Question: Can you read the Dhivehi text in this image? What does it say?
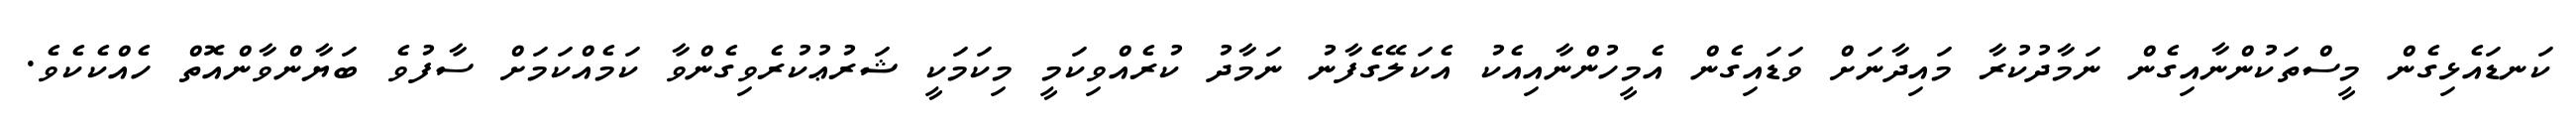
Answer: ކަނޑައެޅިގެން މީސްތަކުންނާއިގެން ނަމާދުކުރާ މައިދާނަށް ވަޑައިގެން އެމީހުންނާއިއެކު އެކަލޭގެފާނު ނަމާދު ކުރެއްވިކަމީ މިކަމަކީ ޝަރުޢުކުރެވިގެންވާ ކަމެއްކަމަށް ސާފުވެ ބަޔާންވާންއޮތް ހެއްކެކެވެ.